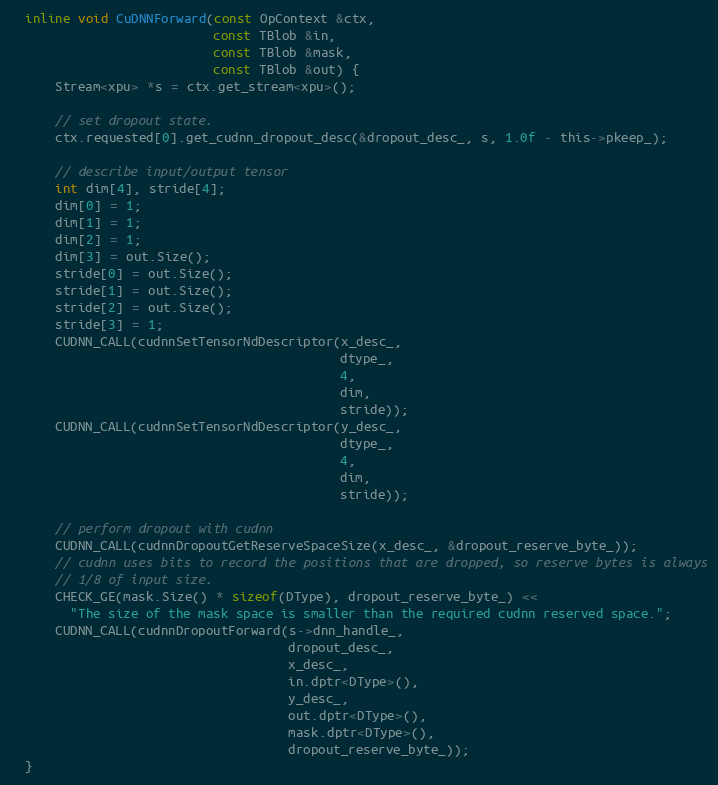
Language: C
  inline void CuDNNForward(const OpContext &ctx,
                           const TBlob &in,
                           const TBlob &mask,
                           const TBlob &out) {
      Stream<xpu> *s = ctx.get_stream<xpu>();

      // set dropout state.
      ctx.requested[0].get_cudnn_dropout_desc(&dropout_desc_, s, 1.0f - this->pkeep_);

      // describe input/output tensor
      int dim[4], stride[4];
      dim[0] = 1;
      dim[1] = 1;
      dim[2] = 1;
      dim[3] = out.Size();
      stride[0] = out.Size();
      stride[1] = out.Size();
      stride[2] = out.Size();
      stride[3] = 1;
      CUDNN_CALL(cudnnSetTensorNdDescriptor(x_desc_,
                                            dtype_,
                                            4,
                                            dim,
                                            stride));
      CUDNN_CALL(cudnnSetTensorNdDescriptor(y_desc_,
                                            dtype_,
                                            4,
                                            dim,
                                            stride));

      // perform dropout with cudnn
      CUDNN_CALL(cudnnDropoutGetReserveSpaceSize(x_desc_, &dropout_reserve_byte_));
      // cudnn uses bits to record the positions that are dropped, so reserve bytes is always
      // 1/8 of input size.
      CHECK_GE(mask.Size() * sizeof(DType), dropout_reserve_byte_) <<
        "The size of the mask space is smaller than the required cudnn reserved space.";
      CUDNN_CALL(cudnnDropoutForward(s->dnn_handle_,
                                     dropout_desc_,
                                     x_desc_,
                                     in.dptr<DType>(),
                                     y_desc_,
                                     out.dptr<DType>(),
                                     mask.dptr<DType>(),
                                     dropout_reserve_byte_));
  }